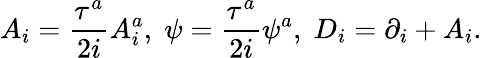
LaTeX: A_{i}=\frac{\tau^{a}}{2i}A_{i}^{a},\; \psi=\frac{\tau^{a}}{2i}\psi^{a},\; D_{i}=\partial_{i}+A_{i}.